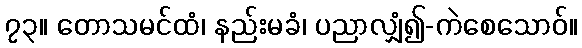
၇၃။ တောသမင်ထံ၊ နည်းမခံ၊ ပညာလျှံ၍-ကဲစေသောဝ်။